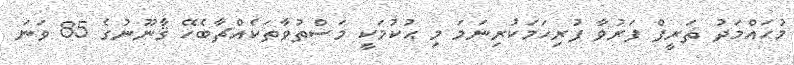
މުޙައްމަދު ޡަރީފް ފަރުވާ ފުރިހަމަކުރިނަމަ މި ޙުކުމަކީ މަސްތުވާތަކެއްޗާބެހޭ ޤާނޫނުގެ 85 ވަނަ